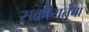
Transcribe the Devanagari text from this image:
सक्रीयतेचा